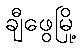
ချီဖွေမြို့